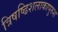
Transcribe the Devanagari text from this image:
त्रिषष्ढिशलाकापुरुश